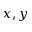
x , y